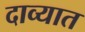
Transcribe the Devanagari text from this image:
दाव्यात